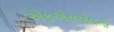
એફએસએલની